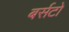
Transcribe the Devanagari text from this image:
बर्सटो